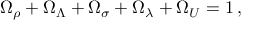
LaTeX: \Omega _ { \rho } + \Omega _ { \Lambda } + \Omega _ { \sigma } + \Omega _ { \lambda } + \Omega _ { \cal U } = 1 \, ,